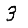
Digit: 3